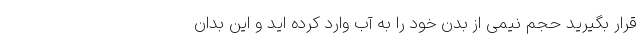
قرار بگیرید حجم نیمی از بدن خود را به آب وارد کرده اید و این بدان